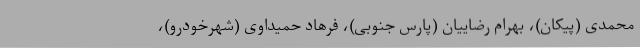
محمدی (پیکان)، بهرام رضاییان (پارس جنوبی)، فرهاد حمیداوی (شهرخودرو)،